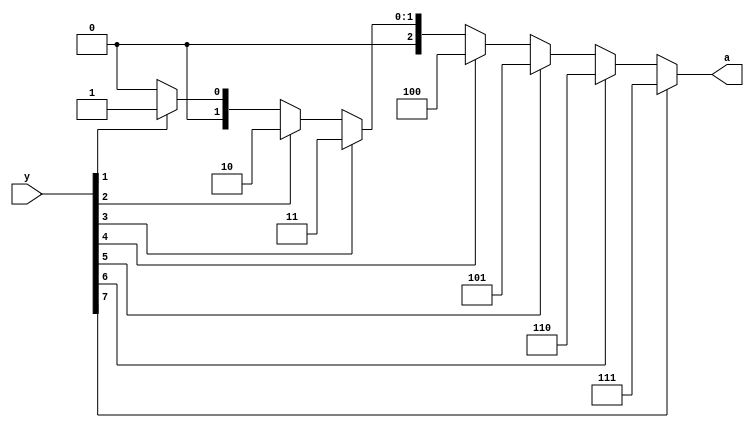
`timescale 1ns / 1ps

module prior_encoder_8x3(y,a);
input[7:0]y;
output reg[2:0]a;
always@(*)
begin
if(y[7]==1)
a=3'b111;
else if(y[6]==1)
a=3'b110;
else if(y[5]==1)
a=3'b101;
else if(y[4]==1)
a=3'b100;
else if(y[3]==1)
a=3'b011;
else if(y[2]==1)
a=3'b010;
else if(y[1]==1)
a=3'b001;
else 
a=3'b000;
end
endmodule